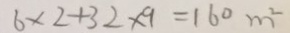
6 \times 2 + 3 2 \times 9 = 1 6 0 m ^ { 2 }